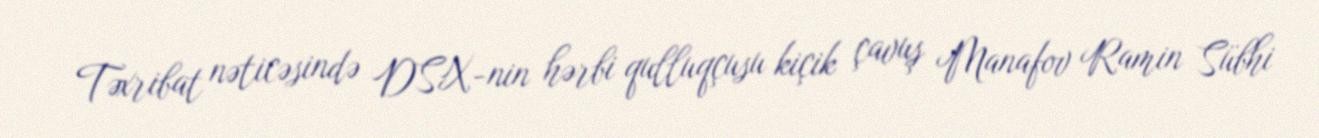
Təxribat nəticəsində DSX-nin hərbi qulluqçusu kiçik çavuş Manafov Ramin Sübhi